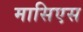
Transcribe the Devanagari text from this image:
मासिएस